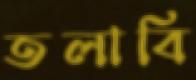
তলাবি